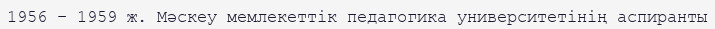
1956 – 1959 ж. Мәскеу мемлекеттік педагогика университетінің аспиранты